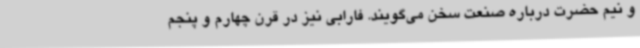
و نیم حضرت درباره صنعت سخن می‌گویند. فارابی نیز در قرن چهارم و پنجم